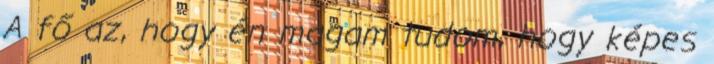
A fő az, hogy én magam tudom, hogy képes